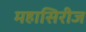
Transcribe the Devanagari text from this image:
महासिरीज